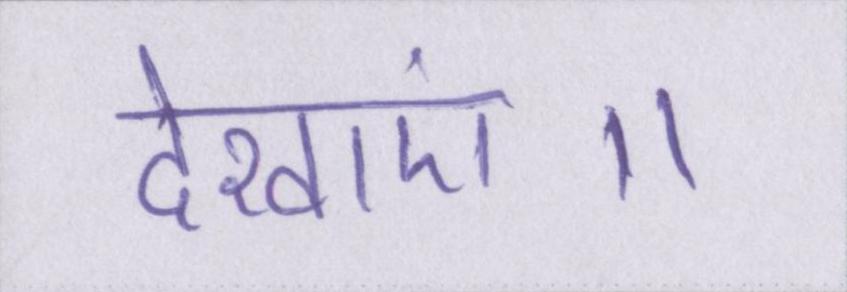
देखाएं॥